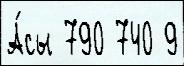
А́сы 790 740 9